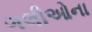
ગલીઓના